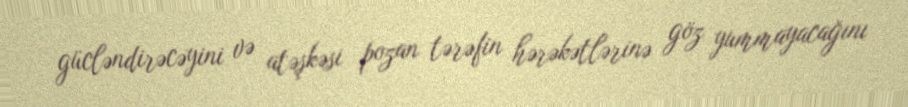
gücləndirəcəyini və atəşkəsi pozan tərəfin hərəkətlərinə göz yummayacağını